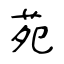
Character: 苑